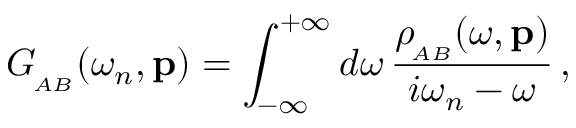
G _ { _ { \! A B } } ( \omega _ { n } , { \bf p } ) = \int _ { - \infty } ^ { + \infty } d \omega \, { \frac { \rho _ { _ { \! A B } } ( \omega , { \bf p } ) } { i \omega _ { n } - \omega } } \, ,